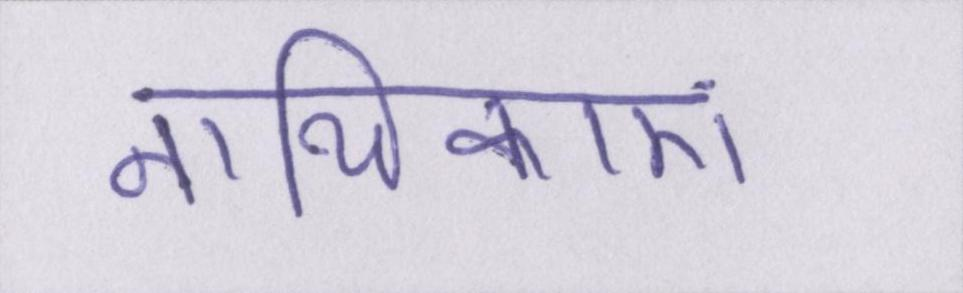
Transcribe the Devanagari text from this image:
नायिकाएं